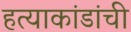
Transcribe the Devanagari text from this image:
हत्याकांडांची